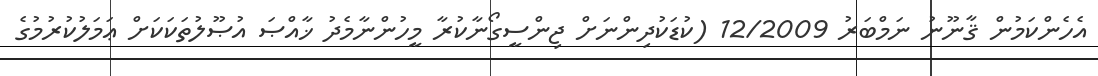
އެހެންކަމުން ޤާނޫނު ނަމްބަރު 12/2009 (ކުޑަކުދިންނަށް ޖިންސީގޯނާކުރާ މީހުންނާމެދު ޚާއްޞަ އުޞޫލުތަކަކަށް ޢަމަލުކުރުމުގެ